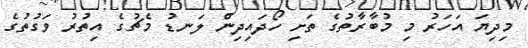
މިދިޔަ އަހަރު މި މުބާރާތުގެ ތަށި ހޯދައިދިން ލަނޑު މެޗުގެ އިތުރު ވަގުތުގެ